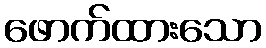
ဖောက်ထားသော